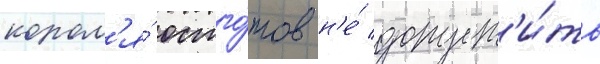
корол'я́ остго́тов н'е́ допуст'и́ть